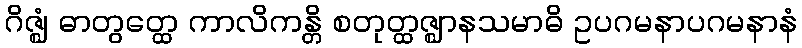
ဂိဇ္ဈံ ဓာတွတ္ထေ ကာလိကန္တိ စတုတ္ထဇ္ဈာနသမာဓိ ဥပဂမနာပဂမနာနံ